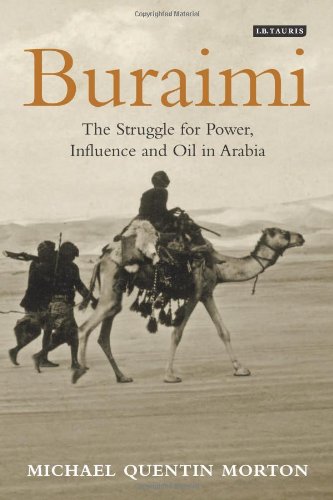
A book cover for Buraimi: The Struggle for Power, Influence and Oil in Arabia; Michael Quentin Morton; History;